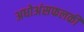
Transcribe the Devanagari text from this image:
अधोअंसफलकी